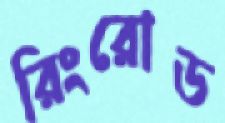
রিংরোড